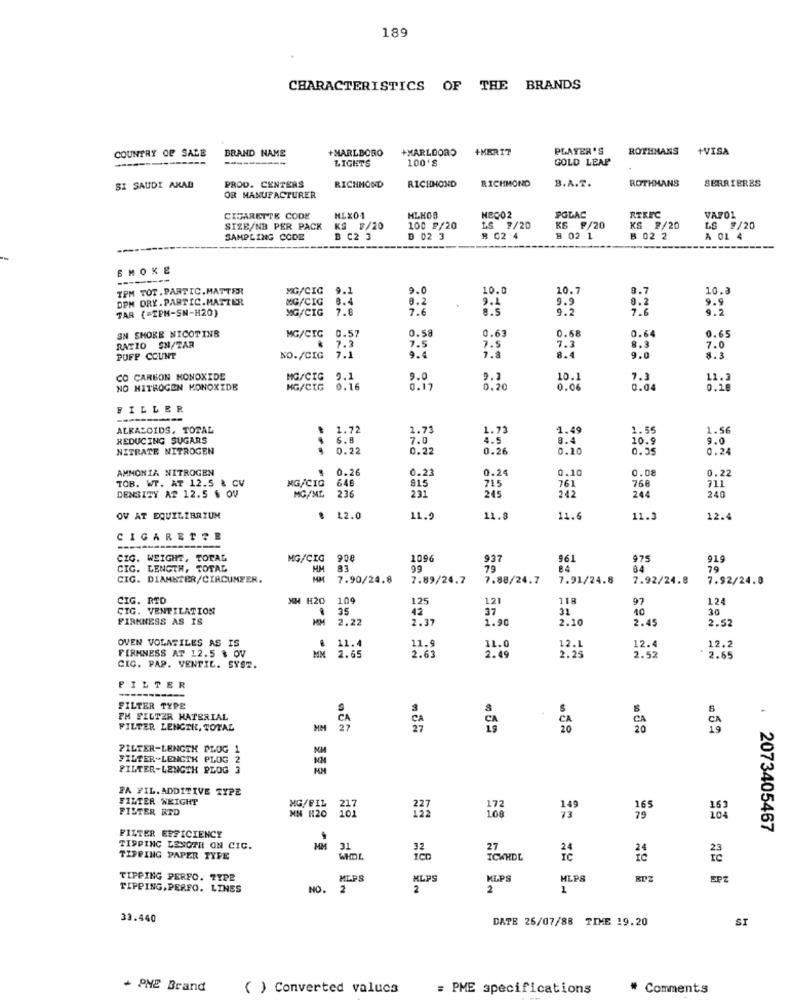
189
CHARACTERISTICS OF THE BRANDS
BRAND NAME
+MARLBORO
+MARLOORO
+MERT7
PLAYER'S
ROTHMANS
+VISA
COUNTRY OF SALE
LIGHTS
100'S
GOLD LEAP
RICHMOND
RICHMOND
B.A.T.
ROTHMANS
SERRIERES
SI SAUDI ARAB
PROD. CENTERS
RICHMOND
OR MANUFACTURER
CIGARETTE CODE
MLX01
NECO2
POLAC
RTRFC
VAFOL
SIZE/NB PER PACK
KS ₣/20
100 F/20
LS #/20
KS F/20
KS ₮/20
LS #/20
SAMPLING CODE
B C2 3
₿ 02 3
8 02 4
8 02 1
B 02 2
A 01 4
------
SMOKE
TPM TOT.PARTIC.MATTER
MG/CIC
9.1
9.0
10.0
10.7
8.7
10.3
DPM DRY. PARTIC.MATTER
MG/CIG
8.4
8.2
9.9
TAR (=IPH-SN-H20)
MG/CIG
7.6
7.6
9.1
a.s
9.2
8.2
7.6
9.9
9.5
SN SMOKE NICOTINB
0.58
0.63
0.68
0.64
MG/CIG 0.57
7.3
7.5
0.65
RATIO SN/TAR
7.5
7.3
8.3
7.0
PUFF COUNT
NO./CIG
7.1
9.4
7.8
8.4
9.0
8.3
O CARBON MONOXIDE
MG/CIG
9.1
9.0
9.7
10.1
7.3
11.2
NO NITROGEN MONOXIDE
NG/CIG
0.16
0.17
0.20
0.06
3.04
FILLER
ALRASOIDS, TOTAL
1.72
1.73
1.73
1.49
1.55
1.56
REDUCING SUGARS
.
5.8
7.0
4.5
8.4
10 .:
9.0
NITRATE NITROGEN
0.22
0.22
0.26
0.10
0.55
0.24
AMMONIA NITROGEN
0.26
0.23
0.24
0.10
0.0
0.22
TOB. WP. AT 12.5 & CV
MG/CIG
646
715
761
768
915
242
711
240
DENSITY AT 12.5 % OV
MG/ML
236
231
245
244
OV AT EQUILIBRIUM
.
12.0
11.9
11.8
11.6
11.3
12.4
CIGARETTE
CIG. WEIGHT, TOTAL
MG/CIG
908
1096
937
961
975
919
CIG. LENGTH, TOTAL
MM
83
99
79
34
CIG. DIAMETER/CIRCUNFER.
MM
7.90/24.8
7.89/24.7
7.88/24.7
7.91/24.8
7.92/24.8
7.92/24.8
CIG. RTD
XM H20
109
125
121
118
97
124
CIG. VENTILATION
25
42
17
31
90
30
FIRMNESS AS IS
2.22
2.37
1.90
2.10
2.45
2.52
OVEN VOLATILES AS IS
11.4
11.9
FIRMNESS AT 12.5 $ OV
11.0
12.1
12.4
12.2
MM
2.65
2.63
2.49
2.52
2.65
CIC. PAP. VENTIL. SYS2.
FILTER
---
FILTER TYPE
PM FILTER MATERIAL
4
FILTER LENGTH, TOTAL
HM
FILTER-LENGTH PLOG 1
NM
FILTER-LENGTH PLOG 2
FILTER-LENGTH PLOG 3
PA FIL. ADDITIVE TYPE
FILTER WEIGHT
FILTER RTD
MG/FIL
MN H20
162
2073405467
FILTER EFFICIENCY
TIPPING LESOTH ON CIC.
31
TIPPING PAPER TYPE
ICHNDE
TIPPING PERFO. TYPE
MLPS
MLPS
KLPS
HLPS
EPZ
TIPPING, PERFO. LINES
NO.
2
2
2
1
33.440
DATE 26/07/88 TIME 19.20
+ PME Brand
( ) Converted values
= PME specifications
# Comments